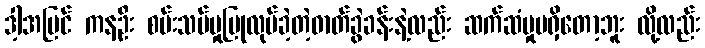
ဒါ့အပြင် ကနဦး စမ်းသပ်မှုပြုလုပ်ခဲ့တဲ့ဓာတ်ခွဲခန်းနဲ့လည်း ဆက်ဆံမှုမရှိတော့ဘူး လို့လည်း